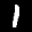
Label: 1